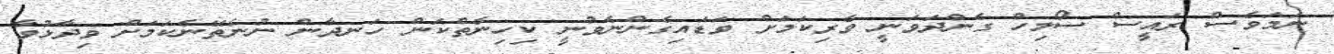
ނަމަވެސް ރައީސް ސޯލިހް ގެންދަވަނީ ވެރިކަމަށް ވަޑައިގެންނެވުނީ ކިހިނެތްކަން ހަނދާން ނުނެތޭނެކަމަށް ވިދާޅުވާ